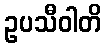
ဥပသီဝါတိ